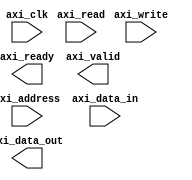
module axi_bus_controller (
    // Input signals
    input wire [31:0] axi_address,
    input wire [31:0] axi_data_in,
    input wire axi_write,
    input wire axi_read,
    input wire axi_clk,
    
    // Output signals
    output reg [31:0] axi_data_out,
    output reg axi_ready,
    output reg axi_valid
);

// Timing control and synchronization module
always @(posedge axi_clk) begin
    // Timing requirements for AXI bus protocol
    
    // Clock domain synchronization
    
    // Signal synchronization
    
    // Timing constraints management
    
    // Read operation handling
    
    // Write operation handling
    
    // Data transfer handling
    
    // Address decoding
    
    // Bus arbitration
    
    // Synchronization techniques
    
    // Error detection and correction mechanisms
    
    // Communication reliability mechanisms
end

endmodule